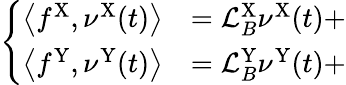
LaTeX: \left\{ \begin{array}{ll}{\left\langle f^{\mathrm{X}},\nu^{\mathrm{X}}(t)\right\rangle}&{=\mathcal{L}_{B}^{\mathrm{X}}\nu^{\mathrm{X}}(t)+}\\ {\left\langle f^{\mathrm{Y}},\nu^{\mathrm{Y}}(t)\right\rangle}&{=\mathcal{L}_{B}^{\mathrm{Y}}\nu^{\mathrm{Y}}(t)+}\end{array}\right.